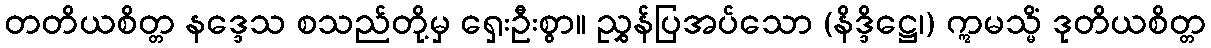
တတိယစိတ္တ နဒ္ဒေသ စသည်တို့မှ ရှေးဦးစွာ။ ညွှန်ပြအပ်သော (နိဒ္ဒိဋ္ဌေ၊) ဣမသ္မိံ ဒုတိယစိတ္တ